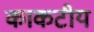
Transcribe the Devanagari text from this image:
काकटीय